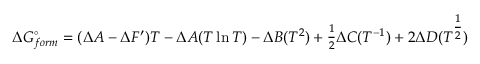
\Delta G _ { f o r m } ^ { \circ } = ( \Delta A - \Delta F ^ { \prime } ) T - \Delta A ( T \ln T ) - \Delta B ( T ^ { 2 } ) + \textstyle { \frac { 1 } { 2 } } \Delta C ( T ^ { - 1 } ) + 2 \Delta D ( T ^ { \textstyle { \frac { 1 } { 2 } } } )